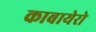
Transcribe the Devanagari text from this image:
काबायेरो